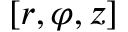
[ r , \varphi , z ]